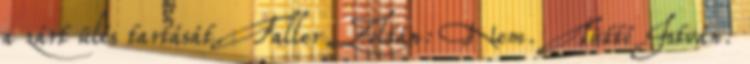
a zárt ülés tartását. Faller Zoltán: Nem. Tüttő István: